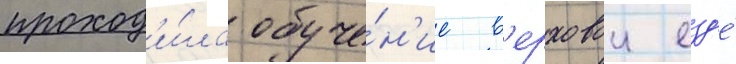
проход'и́ла обуче́н'ие в'ерховои езд'е́